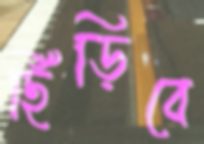
ছিঁড়িবে